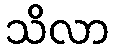
သိလာ